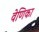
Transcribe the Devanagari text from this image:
वेणिका